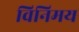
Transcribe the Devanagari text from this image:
विनिमय